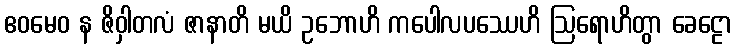
ဧဝမေဝ န ဇိဝှါတလံ ဇာနာတိ မယိ ဥဘောဟိ ကပေါလပဿေဟိ ဩရောဟိတွာ ခေဠော